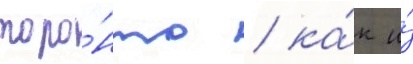
торо́нто / ка́к и́